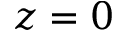
z = 0